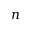
n